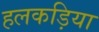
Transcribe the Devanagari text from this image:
हलकड़िया